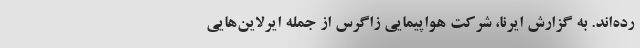
رده‌اند. به گزارش ایرنا، شرکت هواپیمایی زاگرس از جمله ایرلاین‌هایی